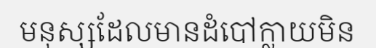
មនុស្សដែលមានដំបៅក្លាយមិន